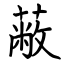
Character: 蔽